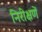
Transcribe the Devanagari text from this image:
निरीक्षणें